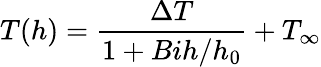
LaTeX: T(h)=\frac{\Delta T}{1+Bih/h_{0}}+T_{\infty}